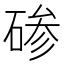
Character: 碜